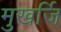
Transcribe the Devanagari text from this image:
मुखर्जि